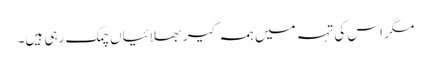
مگر اس کی تہہ میں ہمہ گیر بھلائیاں چمک رہی ہیں۔